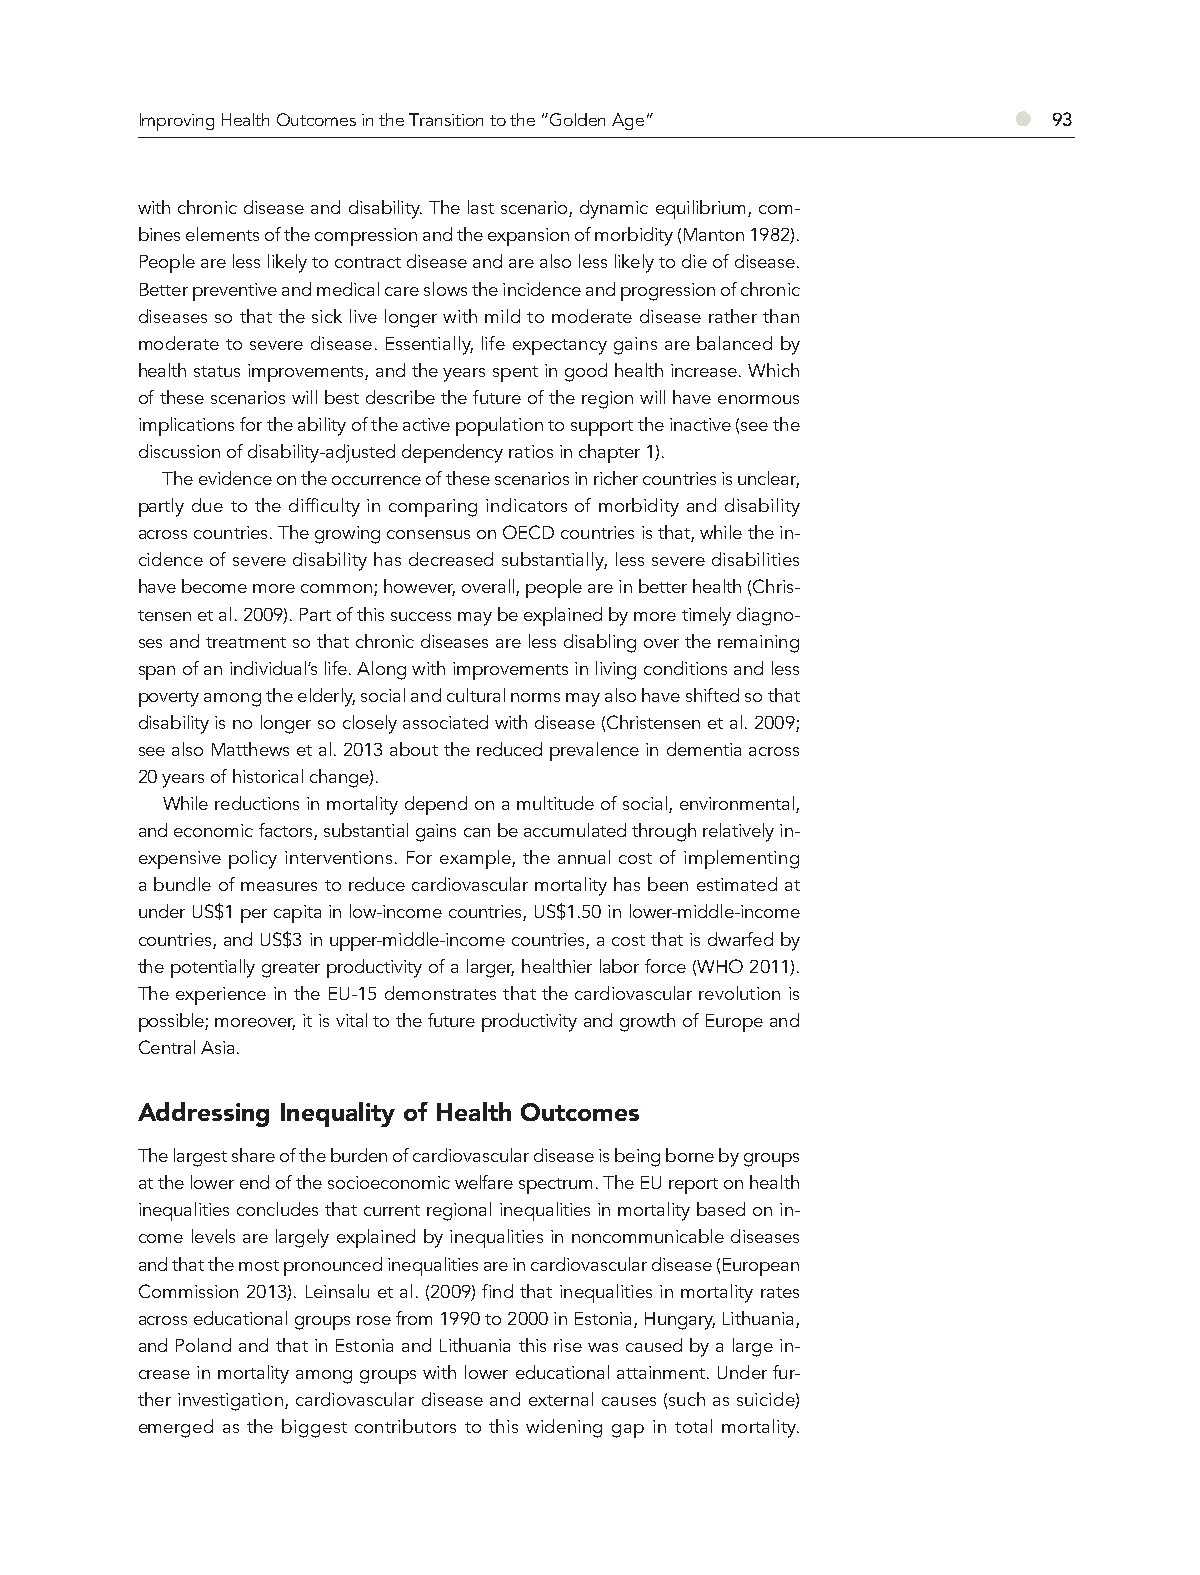
Improving Health Outcomes in the Transition to the “Golden Age” ● 93
 with chronic disease and disability. The last scenario, dynamic equilibrium, com-
 bines elements of the compression and the expansion of morbidity (Manton 1982).
 People are less likely to contract disease and are also less likely to die of disease.
 Better preventive and medical care slows the incidence and progression of chronic
 diseases so that the sick live longer with mild to moderate disease rather than
 moderate to severe disease. Essentially, life expectancy gains are balanced by
 health status improvements, and the years spent in good health increase. Which
 of these scenarios will best describe the future of the region will have enormous
 implications for the ability of the active population to support the inactive (see the
 discussion of disability-adjusted dependency ratios in chapter 1).
 The evidence on the occurrence of these scenarios in richer countries is unclear,
 partly due to the difficulty in comparing indicators of morbidity and disability
 across countries. The growing consensus on OECD countries is that, while the in-
 cidence of severe disability has decreased substantially, less severe disabilities
 have become more common; however, overall, people are in better health (Chris-
 tensen et al. 2009). Part of this success may be explained by more timely diagno-
 ses and treatment so that chronic diseases are less disabling over the remaining
 span of an individual’s life. Along with improvements in living conditions and less
 poverty among the elderly, social and cultural norms may also have shifted so that
 disability is no longer so closely associated with disease (Christensen et al. 2009;
 see also Matthews et al. 2013 about the reduced prevalence in dementia across
 20 years of historical change).
 While reductions in mortality depend on a multitude of social, environmental,
 and economic factors, substantial gains can be accumulated through relatively in-
 expensive policy interventions. For example, the annual cost of implementing
 a bundle of measures to reduce cardiovascular mortality has been estimated at
 under US$1 per capita in low-income countries, US$1.50 in lower-middle-income
 countries, and US$3 in upper-middle-income countries, a cost that is dwarfed by
 the potentially greater productivity of a larger, healthier labor force (WHO 2011).
 The experience in the EU-15 demonstrates that the cardiovascular revolution is
 possible; moreover, it is vital to the future productivity and growth of Europe and
 Central Asia.
 Addressing Inequality of Health Outcomes
 The largest share of the burden of cardiovascular disease is being borne by groups
 at the lower end of the socioeconomic welfare spectrum. The EU report on health
 inequalities concludes that current regional inequalities in mortality based on in-
 come levels are largely explained by inequalities in noncommunicable diseases
 and that the most pronounced inequalities are in cardiovascular disease (European
 Commission 2013). Leinsalu et al. (2009) find that inequalities in mortality rates
 across educational groups rose from 1990 to 2000 in Estonia, Hungary, Lithuania,
 and Poland and that in Estonia and Lithuania this rise was caused by a large in-
 crease in mortality among groups with lower educational attainment. Under fur-
 ther investigation, cardiovascular disease and external causes (such as suicide)
 emerged as the biggest contributors to this widening gap in total mortality.